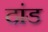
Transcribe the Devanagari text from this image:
दांड